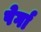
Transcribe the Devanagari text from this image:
पेर्गा